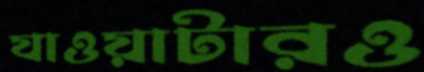
যাওয়াটারও